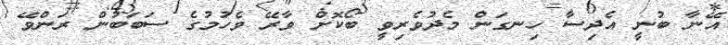
އޭނާ ބުނީ އެދިސާ ހިނގަން މެދުވެރިވީ ބޯކޮށް ވާރޭ ވެހުމުގެ ސަބަބުން ރަންވޭ